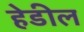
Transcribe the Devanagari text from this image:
हेडील